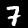
Label: 7